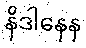
နိဒါနေန